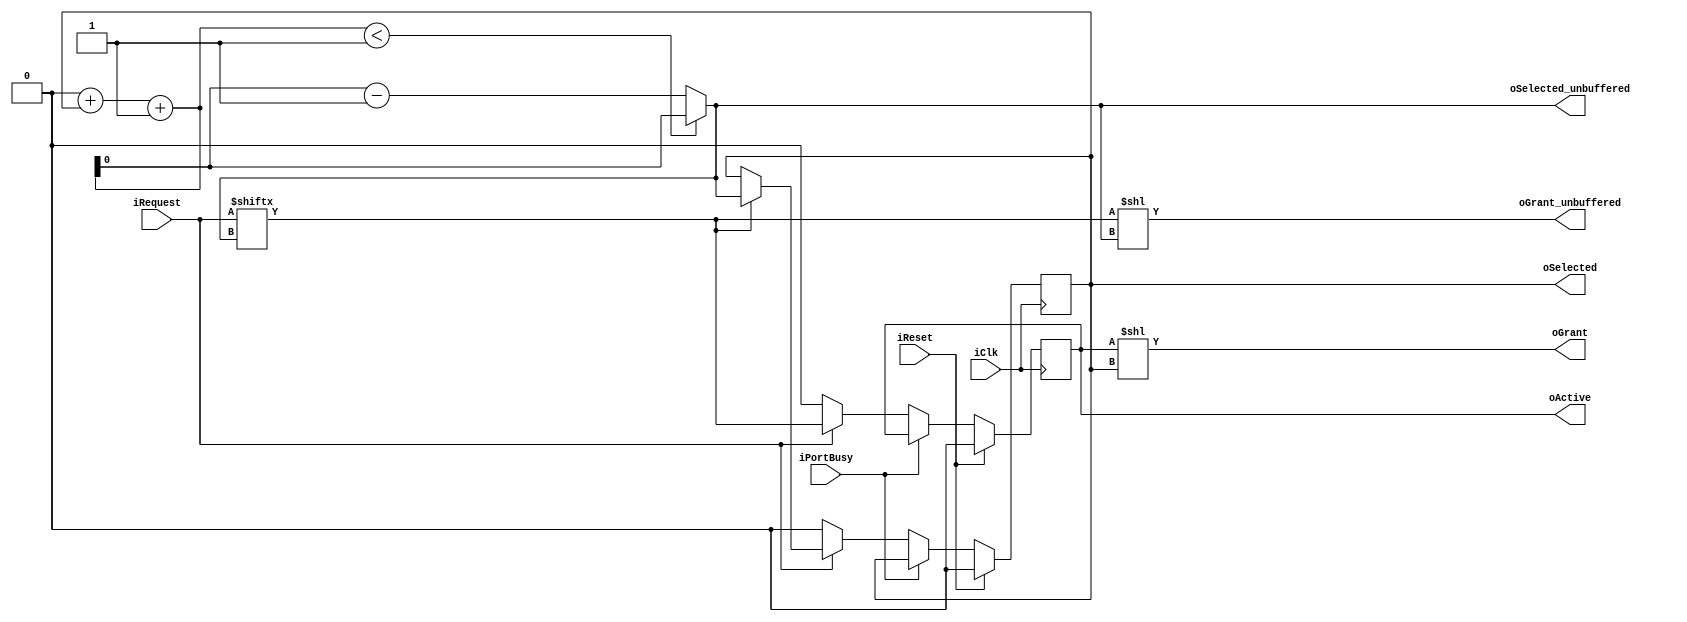
/********************************************************/
/*                      LICENSE:			*/
/*------------------------------------------------------*/
/* These files can be used for the Embedded Computer    */
/* Architecture course (5SIA0) at Eindhoven University  */
/* of technology. You are not allowed to distribute     */
/* these files to others.                               */
/* This header must be retained at all times		*/
/********************************************************/

module ARBITER_GEN_RR
#
(
	parameter NUM_PORTS = 1,
	parameter NUM_PORTS_WIDTH = 1
)
(
	input iClk,
	input iReset,
	
	input [NUM_PORTS-1:0] iRequest,
	output [NUM_PORTS-1:0] oGrant,
	output [NUM_PORTS_WIDTH-1:0] oSelected,
	
	output [NUM_PORTS-1:0] oGrant_unbuffered,
	output [NUM_PORTS_WIDTH-1:0] oSelected_unbuffered,

	output oActive,
	input  iPortBusy
);
	
	function [NUM_PORTS_WIDTH-1:0] findNext;
		input [NUM_PORTS-1:0] wRequest;	
		integer i;		
		begin
			findNext = 0;
			for (i=NUM_PORTS-1; i >= 0; i = i - 1)
				if (wRequest[i])
					findNext = i[NUM_PORTS_WIDTH-1:0];
		end
	endfunction
		
	reg [NUM_PORTS_WIDTH-1:0] rLast;
	reg rActive;
			
	wire [NUM_PORTS*2-1:0] wRequest_Concat = {iRequest, iRequest};
	wire [NUM_PORTS-1:0] wRequestHorizon = wRequest_Concat[(rLast+1'd1) +:NUM_PORTS];
	wire [NUM_PORTS_WIDTH:0] wNext_tmp = findNext(wRequestHorizon) + rLast + 1'd1;
	wire [NUM_PORTS_WIDTH-1:0] wNext = (wNext_tmp < NUM_PORTS) ? wNext_tmp[NUM_PORTS_WIDTH-1:0] : wNext_tmp - NUM_PORTS;
			
	always @(posedge iClk)
	begin
		if (iReset)
			begin
				rLast <= NUM_PORTS-1'd1;		
				rActive <= 1'b0;
			end
		else
			begin		
				if (!iPortBusy)
					begin
						if (iRequest != 0)
							begin
								if (iRequest[wNext])
									rLast <= wNext;					
									
								rActive <= iRequest[wNext];
							end
						else begin
							rActive <= 0;
							rLast <= NUM_PORTS-1'd1;
						end
					end
			end		
	end
	
	assign oGrant = rActive << rLast;
	assign oGrant_unbuffered = iRequest[wNext] << wNext;
	assign oSelected = rLast;
	assign oSelected_unbuffered = wNext;
	assign oActive = rActive;		 
endmodule